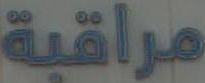
مراقبة